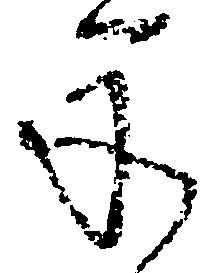
承